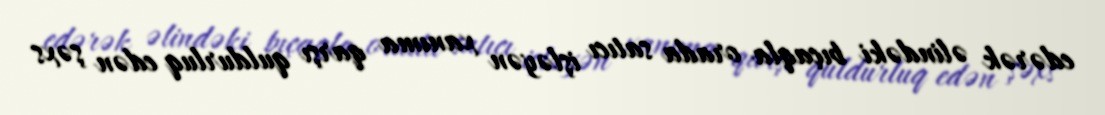
edərək əlindəki bıçaqla orada satıcı işləyən xanıma qarşı quldurluq edən şəxs